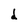
Character: d